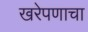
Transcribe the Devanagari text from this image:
खरेपणाचा